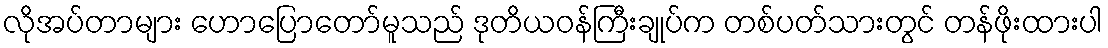
လိုအပ်တာများ ဟောပြောတော်မူသည် ဒုတိယဝန်ကြီးချုပ်က တစ်ပတ်သားတွင် တန်ဖိုးထားပါ